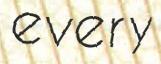
every